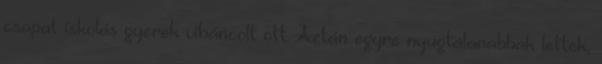
csapat iskolás gyerek viháncolt ott. Aztán egyre nyugtalanabbak lettek,